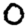
Digit: 0